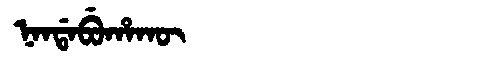
Manchu: ᠨᠠᠨᡩᠠᠪᡠᡥᠠᡴᡡ
Romanization: NANDABUHAKŪ